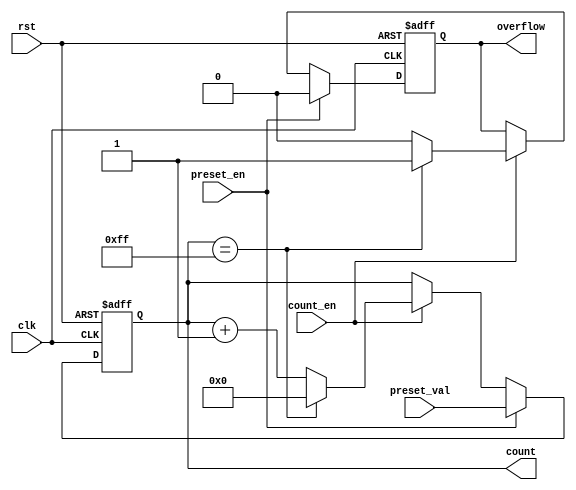
module presettable_counter (
    input wire clk,               // Clock input
    input wire rst,               // Asynchronous reset
    input wire preset_en,         // Preset enable
    input wire [7:0] preset_val,  // Preset value
    input wire count_en,          // Count enable
    output reg [7:0] count,       // Counter value
    output reg overflow           // Overflow signal
);

    // Maximum value for an 8-bit counter
    localparam MAX_COUNT = 8'hFF;

    always @(posedge clk or posedge rst) begin
        if (rst) begin
            count <= 8'b0;          // Reset counter to 0
            overflow <= 1'b0;       // Clear overflow
        end else if (preset_en) begin
            count <= preset_val;    // Load preset value
            overflow <= 1'b0;       // Clear overflow
        end else if (count_en) begin
            if (count == MAX_COUNT) begin
                count <= 8'b0;      // Wrap around to 0
                overflow <= 1'b1;    // Set overflow signal
            end else begin
                count <= count + 1;  // Increment counter
                overflow <= 1'b0;     // Clear overflow
            end
        end
    end

endmodule